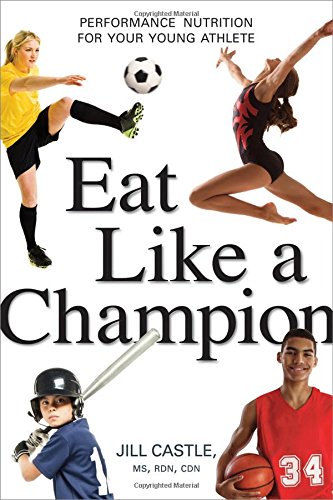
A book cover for Eat Like a Champion: Performance Nutrition for Your Young Athlete; Jill Castle MS  RDN  CDN; Health, Fitness & Dieting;